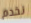
نخدم